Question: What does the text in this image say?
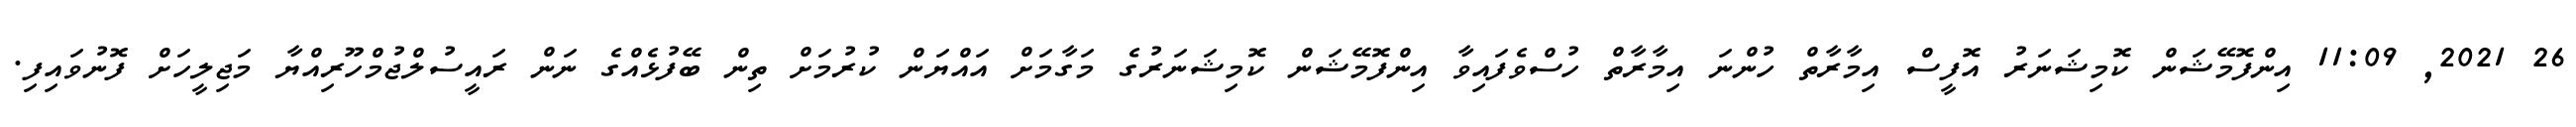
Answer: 26 2021, 11:09 އިންފޮމޭޝަން ކޮމިޝަނަރު އޮފީސް އިމާރާތް ހުންނަ އިމާރާތް ހުސްވެފައިވާ އިންފޮމޭޝަން ކޮމިޝަނަރުގެ މަގާމަށް އައްޔަން ކުރުމަށް ތިން ބޭފުޅެއްގެ ނަން ރައީސުލްޖުމްހޫރިއްޔާ މަޖިލީހަށް ފޮނުވައިފި.